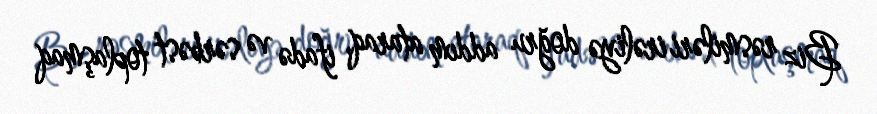
Biz rəsmiləri irəliyə doğru addım ataraq, ifadə və sərbəst toplaşmaq